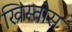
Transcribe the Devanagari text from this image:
ख्रिस्‍तोस